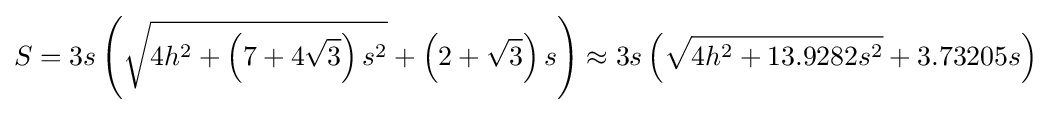
S=3s\left({\sqrt {4h^{2}+\left(7+4{\sqrt {3}}\right)s^{2}}}+\left(2+{\sqrt {3}}\right)s\right)\approx 3s\left({\sqrt {4h^{2}+13.9282s^{2}}}+3.73205s\right)